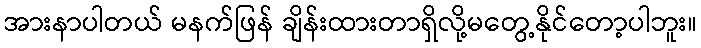
အားနာပါတယ် မနက်ဖြန် ချိန်းထားတာရှိလို့မတွေ့နိုင်တော့ပါဘူး။